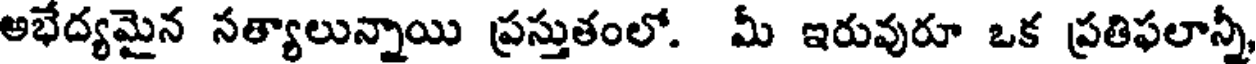
అభేద్యమైన సత్యాలున్నాయి ప్రస్తుతంలో. మీ ఇరువురూ ఒక ప్రతిఫలాన్నీ